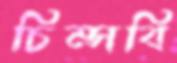
চিম্‌সবি